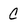
Character: C